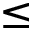
\leq